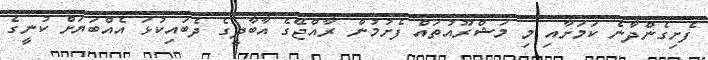
ފެށިގެންދާނެ ކަމަށާއި މި މަޝްރޫއުތައް ފެށުމުން ރާއްޖޭގެ އާބާދީގެ ދެބައިކުޅަ އެއްބަޔަށް ކުނީގެ